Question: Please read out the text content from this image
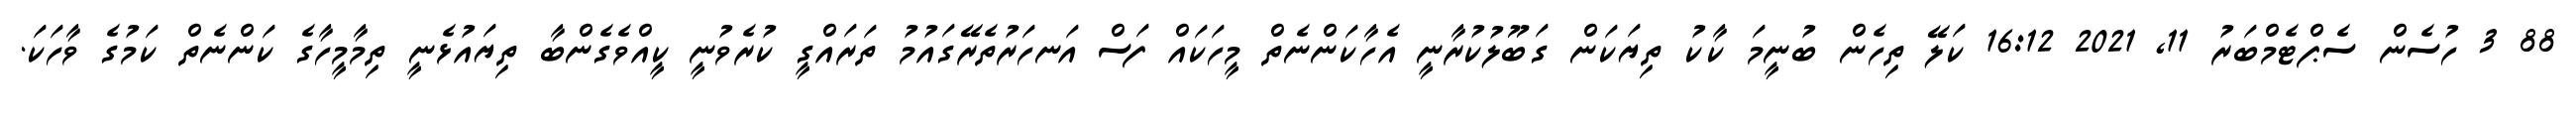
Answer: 88 3 ހުސެން ސެޕްޓެމްބަރު 11, 2021 16:12 ކަލޭ ތިހެން ބުނީމަ ކާކު ތިޔަކަން ގަބޫލުކުރާނީ އެހާކަންނެތް މީހަކައް ފަސް އަނހަރުތެރޭގައުމު ތަރައްގީ ކުރެވުނީ ކީއްވެގެންބާ ތިޔައުޅެނީ ތިމާމީހާގެ ކަންނެތް ކަމުގެ ވާހަކަ.